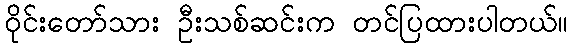
ဝိုင်းတော်သား ဦးသစ်ဆင်းက တင်ပြထားပါတယ်။